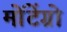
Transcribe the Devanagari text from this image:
मोंटेंग्रो